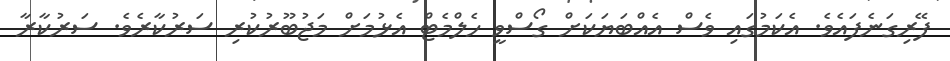
ފޭރިގަނެފައެވެ. އެކަމުގައި ވެސް އެއްބަޔަކަށް ގޯސްވީ ހެލްމެޓް އެޅުމަށް މަޖުބޫރުކުރި ސަރުކާރެވެ. ސަރުކާރާ